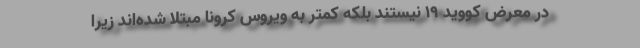
در معرض کووید ۱۹ نیستند بلکه کمتر به ویروس کرونا مبتلا شده‌اند زیرا